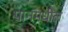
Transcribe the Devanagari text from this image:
पानंमधील